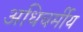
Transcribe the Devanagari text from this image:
अधिचर्मीय